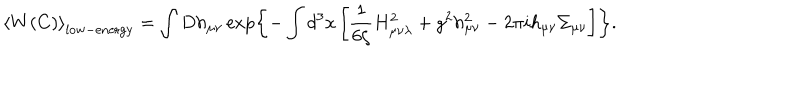
LaTeX: \left< W ( C ) \right> _ { \mathrm { l o w - e n e r g y } } = \int D h _ { \mu \nu } \exp \left\{ - \int d ^ { 3 } x \left[ \frac { 1 } { 6 \zeta } H _ { \mu \nu \lambda } ^ { 2 } + g ^ { 2 } h _ { \mu \nu } ^ { 2 } - 2 \pi i h _ { \mu \nu } \Sigma _ { \mu \nu } \right] \right\} .